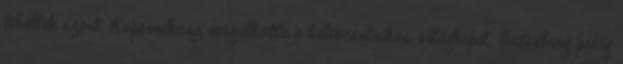
tehettek szert. Kopernikusz megalkotta a heliocentrikus világképet, Gutenberg pedig